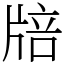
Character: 𤗏